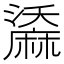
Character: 𪎤